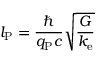
l _ { \mathrm { P } } = { \frac { \hbar } { q _ { \mathrm { P } } c } } { \sqrt { \frac { G } { k _ { \mathrm { e } } } } }